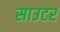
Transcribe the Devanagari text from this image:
साउटर